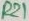
Text: R21